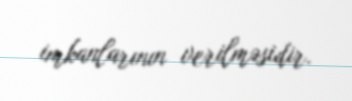
imkanlarının verilməsidir.